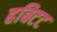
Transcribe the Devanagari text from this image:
हबिटट